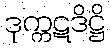
ဒုက္ကဋဒိဋ္ဌိ